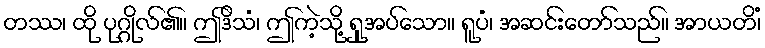
တဿ၊ ထို ပုဂ္ဂိုလ်၏။ ဤဒိသံ၊ ဤကဲ့သို့ ရှုအပ်သော။ ရူပံ၊ အဆင်းတော်သည်။ အာယတိံ၊